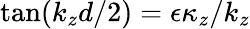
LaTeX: \tan(k_{z}d/2)=\epsilon\kappa_{z}/k_{z}